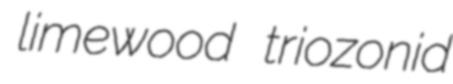
limewood triozonid